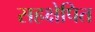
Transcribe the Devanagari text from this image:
सहक्षेपित